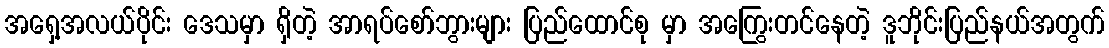
အရှေ့အလယ်ပိုင်း ဒေသမှာ ရှိတဲ့ အာရပ်စော်ဘွားများ ပြည်ထောင်စု မှာ အကြွေးတင်နေတဲ့ ဒူဘိုင်းပြည်နယ်အတွက်